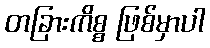
တခြားကိစ္စ ဖြစ်မှာပါ